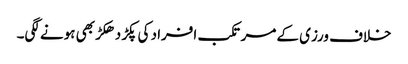
خلاف ورزی کے مرتکب افراد کی پکڑ دھکڑ بھی ہونے لگی۔